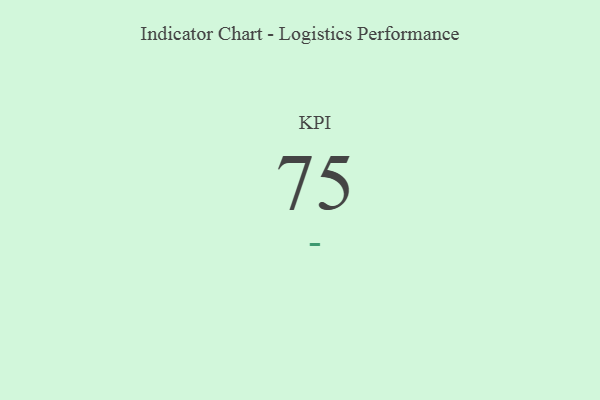
{"axis": {"x": "KPI", "y": "Value"}, "legend": [""], "data": [{"x": "KPI", "y": 75, "type": ""}]}